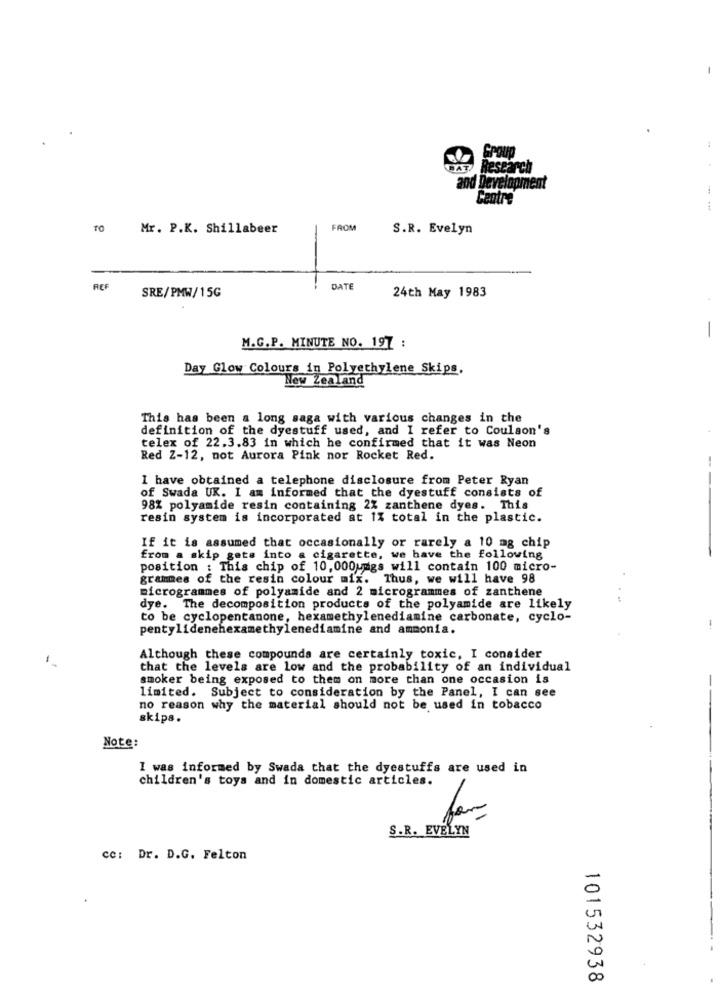
Group
GAT
Research
and Development
Centre
TO
Mr. P.K. Shillabeer
FROM
S.R. Evelyn
REF
DATE
24th May 1983
SRE/PMW/15G
M.G.P. MINUTE NO. 197 :
Day Glow Colours in Polyethylene Skips,
New Zealand
This has been a long saga with various changes in the
definition of the dyestuff used, and I refer to Coulson's
telex of 22.3.83 in which he confirmed that it was Neon
Red Z-12, not Aurora Pink nor Rocket Red.
--
I have obtained a telephone disclosure from Peter Ryan
of Swada UK. I am informed that the dyestuff consists of
98% polyamide resin containing 2% zanthene dyes. This
resin system is incorporated at 1% total in the plastic.
If it is assumed that occasionally or rarely a 10 mg chip
from a skip gets into a cigarette, we have the following
position : This chip of 10, 000umgs will contain 100 micro-
grammes of the resin colour mix. Thus, we will have 98
microgrammes of polyamide and 2 microgrammes of zanthene
dye. The decomposition products of the polyamide are likely
to be cyclopentanone, hexamethylenediamine carbonate, cyclo-
pentylidenehexamethylenediamine and ammonia.
Although these compounds are certainly toxic, I consider
that the levels are low and the probability of an individual
smoker being exposed to them on more than one occasion is
limited. Subject to consideration by the Panel, I can see
no reason why the material should not be used in tobacco
skipa.
Note:
I was informed by Swada that the dyestuffs are used in
children's toys and in domestic articles.
for
S.R. EVELYN
cc: Dr. D.G. Felton
v
00
101532938